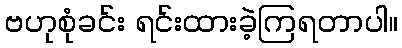
ဗဟုစုံခင်း ရင်းထားခဲ့ကြရတာပါ။